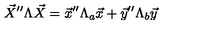
\vec { X } ^ { \prime \prime } \Lambda \vec { X } = \vec { x } ^ { \prime \prime } \Lambda _ { a } \vec { x } + \vec { y } ^ { \prime \prime } \Lambda _ { b } \vec { y }